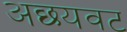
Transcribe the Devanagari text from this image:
अछयवट